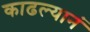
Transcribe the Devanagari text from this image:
काढल्यानं